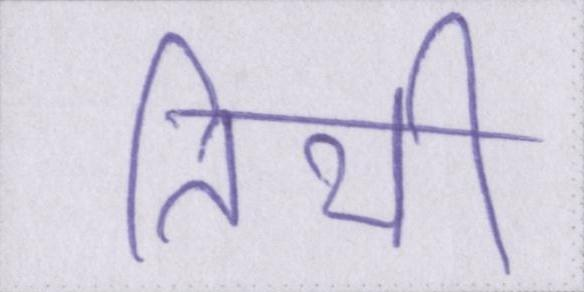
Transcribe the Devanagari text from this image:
तिथी